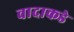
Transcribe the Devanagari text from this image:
वादाकडे